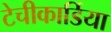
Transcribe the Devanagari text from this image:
टेचीकार्डिया